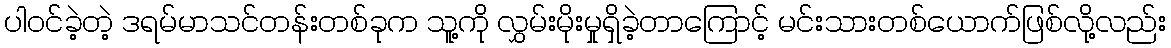
ပါဝင်ခဲ့တဲ့ ဒရမ်မာသင်တန်းတစ်ခုက သူ့ကို လွှမ်းမိုးမှုရှိခဲ့တာကြောင့် မင်းသားတစ်ယောက်ဖြစ်လို့လည်း